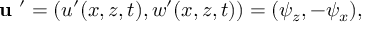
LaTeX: { \textbf { u } } ^ { \prime } = ( u ^ { \prime } ( x , z , t ) , w ^ { \prime } ( x , z , t ) ) = ( \psi _ { z } , - \psi _ { x } ) ,